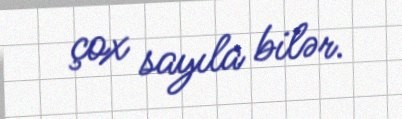
çox sayıla bilər.